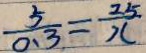
\frac { 5 } { 0 . 3 } = \frac { 2 5 } { x }